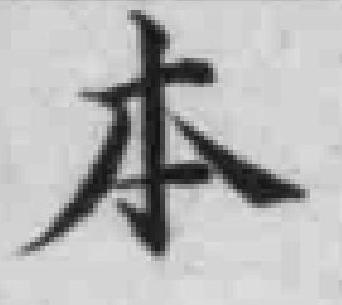
本